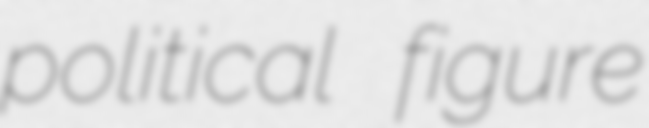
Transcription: political figure